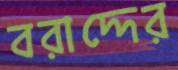
বরাদ্দের